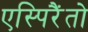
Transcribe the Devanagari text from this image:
एस्पिरैंतो